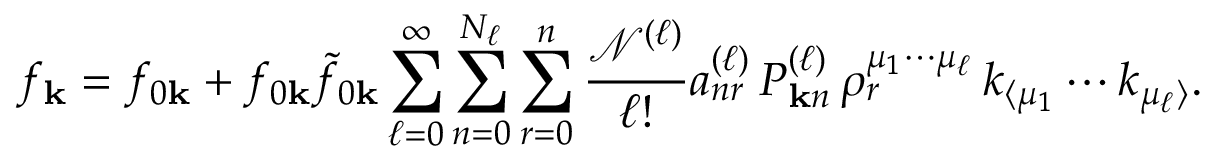
f _ { \mathbf { k } } = f _ { 0 \mathbf { k } } + f _ { 0 \mathbf { k } } \tilde { f } _ { 0 \mathbf { k } } \sum _ { \ell = 0 } ^ { \infty } \sum _ { n = 0 } ^ { N _ { \ell } } \sum _ { r = 0 } ^ { n } \frac { \mathcal { N } ^ { ( \ell ) } } { \ell ! } a _ { n r } ^ { ( \ell ) } \, P _ { \mathbf { k } n } ^ { ( \ell ) } \, \rho _ { r } ^ { \mu _ { 1 } \cdots \mu _ { \ell } } \, k _ { \langle \mu _ { 1 } } \cdots k _ { \mu _ { \ell } \rangle } .